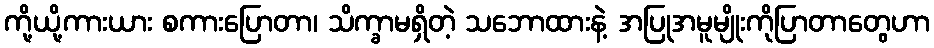
ကို့ယို့ကားယား စကားပြောတာ၊ သိက္ခာမရှိတဲ့ သဘောထားနဲ့ အပြုအမူမျိုးကိုပြာတာတွေဟာ